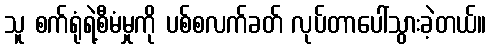
သူ စက်ရုံရဲ့စီမံမှုကို ပစ်စလက်ခတ် လုပ်တာပေါ်သွားခဲ့တယ်။